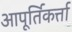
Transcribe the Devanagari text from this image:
आपूर्तिकर्त्ता